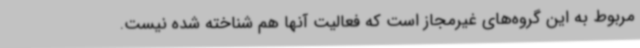
مربوط به این گروه‌های غیرمجاز است که فعالیت آنها هم شناخته شده نیست.